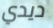
ديدي